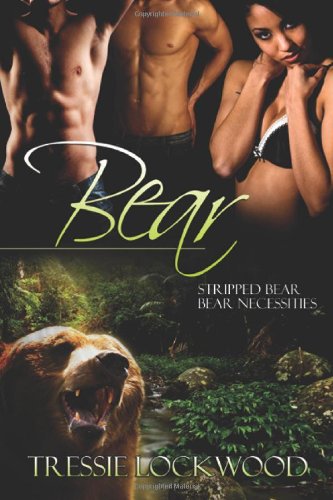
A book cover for Bear; Tressie Lockwood; Romance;